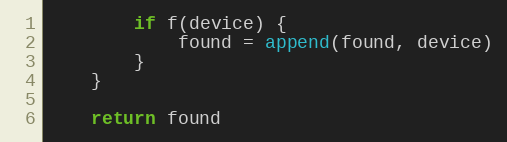
Language: Go
		if f(device) {
			found = append(found, device)
		}
	}

	return found